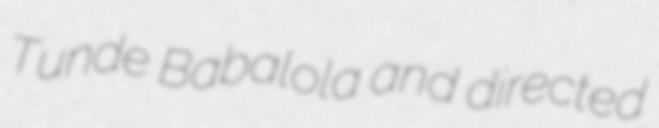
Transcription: Tunde Babalola and directed